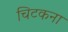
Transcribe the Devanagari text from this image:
चिटकना